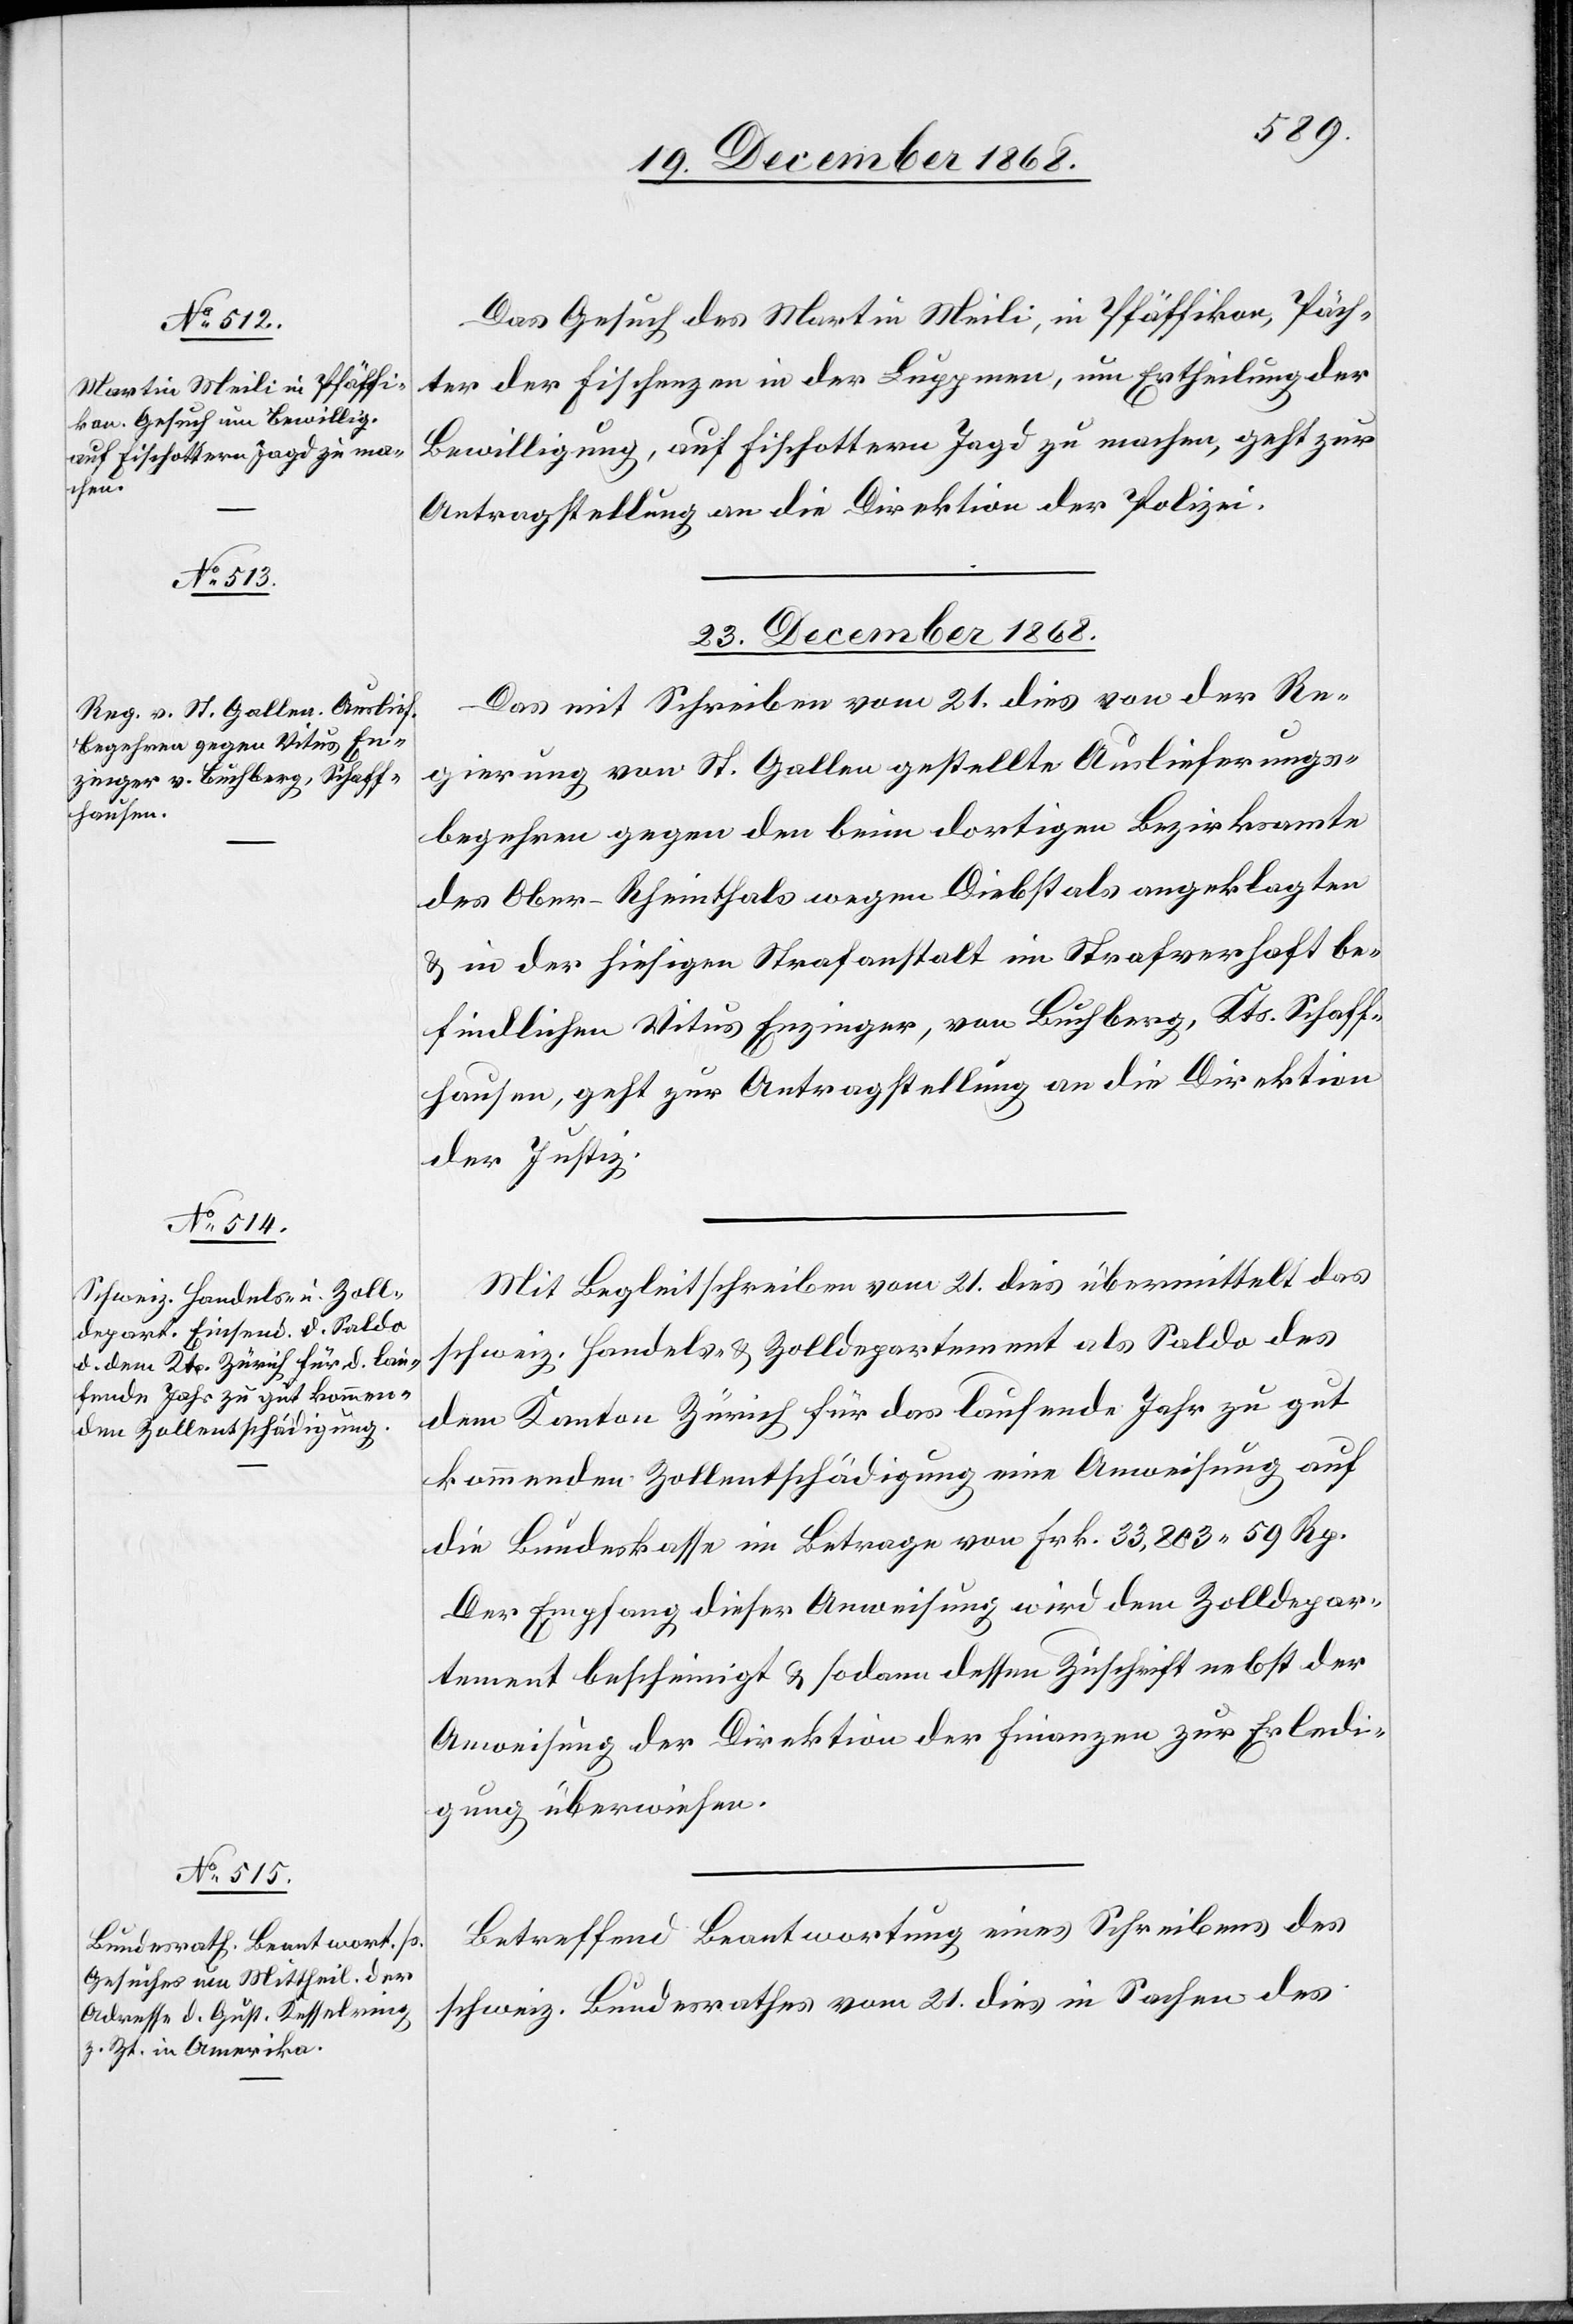
23. December 1868.]
Das Gesuch des Martin Meili, in Pfäffikon, Päch¬
ter der Fischenzen in der Luppmen, um Ertheilung der
Bewilligung, auf Fischottern Jagd zu machen, geht zur
Antragstellung an die Direktion der Polizei.
23. December 1868.
Das mit Schreiben vom 21. dies von der Re¬
gierung von St. Gallen gestellte Auslieferungs¬
begehren gegen den beim dortigen Bezirksamte
des Ober-Rheinthals wegen Diebstals angeklagten
& in der hiesigen Strafanstalt im Strafverhaft be¬
findlichen Vitus Enzinger, von Buchberg, Kts. Schaff¬
hausen, geht zur Antragstellung an die Direktion
der Justiz.
Mit Begleitschreiben vom 21. dies übermittelt das
schweiz. Handels- & Zolldepartement als Saldo des
dem Kanton Zürich für das laufende Jahr zu gut
kommenden Zollentschädigung eine Anweisung auf
die Bundeskasse im Betrage von Frk. 33,803 59 Rp.
Der Empfang dieser Anweisung wird dem Zolldepar¬
tement bescheinigt & sodann dessen Zuschrift nebst der
Anweisung der Direktion der Finanzen zur Erledi¬
gung überwiesen.
Betreffend Beantwortung eines Schreibens des
schweiz. Bundesrathes vom 21. dies in Sachen des